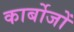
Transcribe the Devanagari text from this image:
कार्बोजों